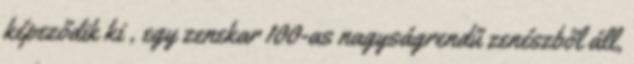
képeződik ki , egy zenekar 100-as nagyságrendű zenészből áll,